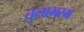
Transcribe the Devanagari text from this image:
तुलाभरम